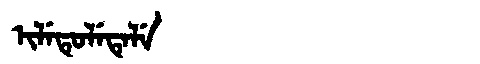
Manchu: ᡳᠯᡝᡨᡠᠯᡝᡨᡝᠯᡝ
Romanization: ILETULETELE